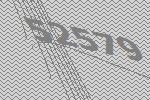
52579